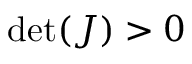
\operatorname* { d e t } ( J ) > 0